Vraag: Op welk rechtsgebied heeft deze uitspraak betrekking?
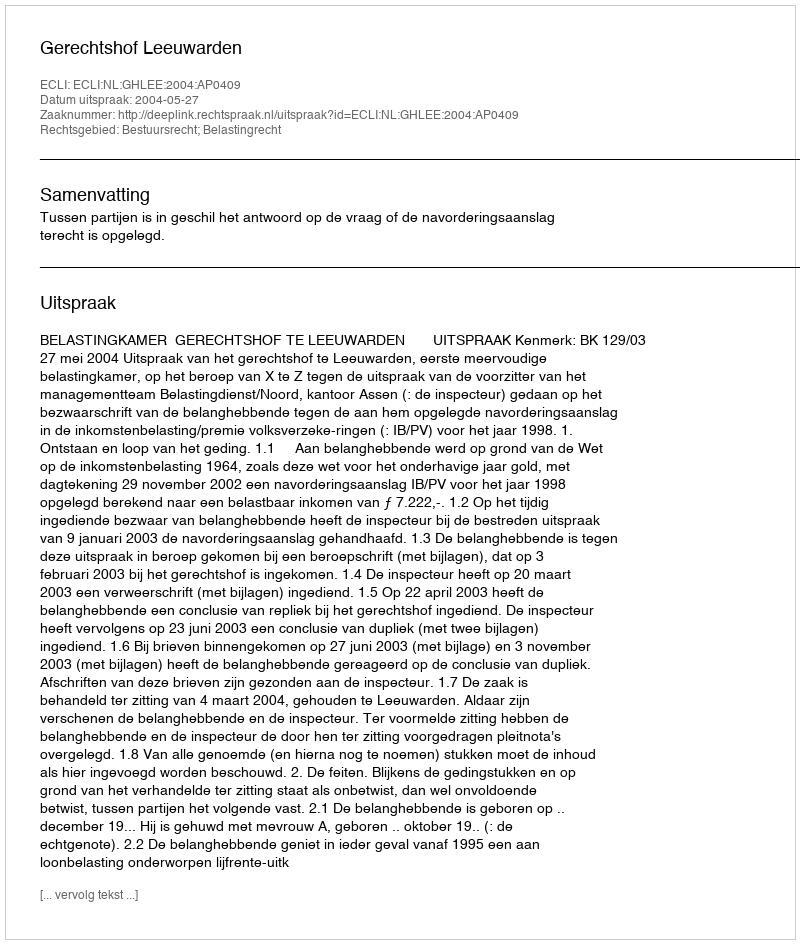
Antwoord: Bestuursrecht; Belastingrecht